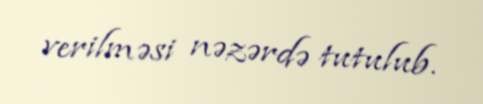
verilməsi nəzərdə tutulub.